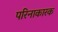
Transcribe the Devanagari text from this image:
परिनाकारक